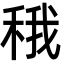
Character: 𬓬